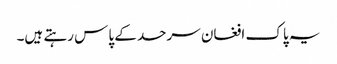
یہ پاک افغان سرحد کے پاس رہتے ہیں۔